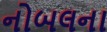
નોબલના